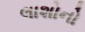
લાશોનો